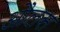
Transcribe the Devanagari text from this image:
औलस